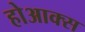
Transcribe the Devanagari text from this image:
होआक्स